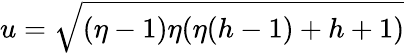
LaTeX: u=\sqrt{(\eta-1)\eta(\eta(h-1)+h+1)}